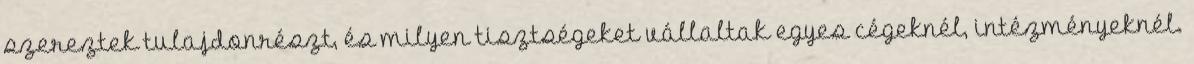
szereztek tulajdonrészt, és milyen tisztségeket vállaltak egyes cégeknél, intézményeknél.